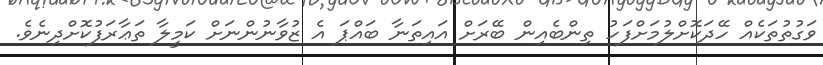
ވަގުތުތަކެއް ހޭދަކޮށްލުމަށްފަހު ތިންބެއިން ބޭރަށް އައިތަނާ ބައްޕަ އެ ޒުވާނުންނަށް ކަމީލާ ތަޢާރަފުކޮށްދިނެވެ.